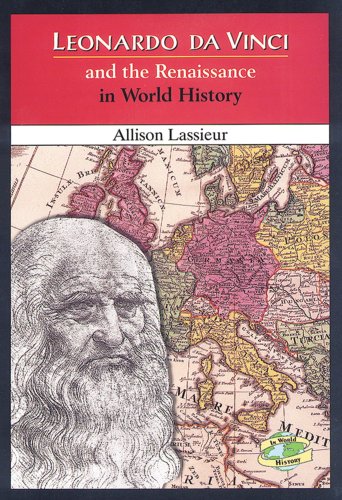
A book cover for Leonardo Da Vinci and the Renaissance in World History; Allison Lassieur; Children's Books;